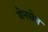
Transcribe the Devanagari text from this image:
येनसेन